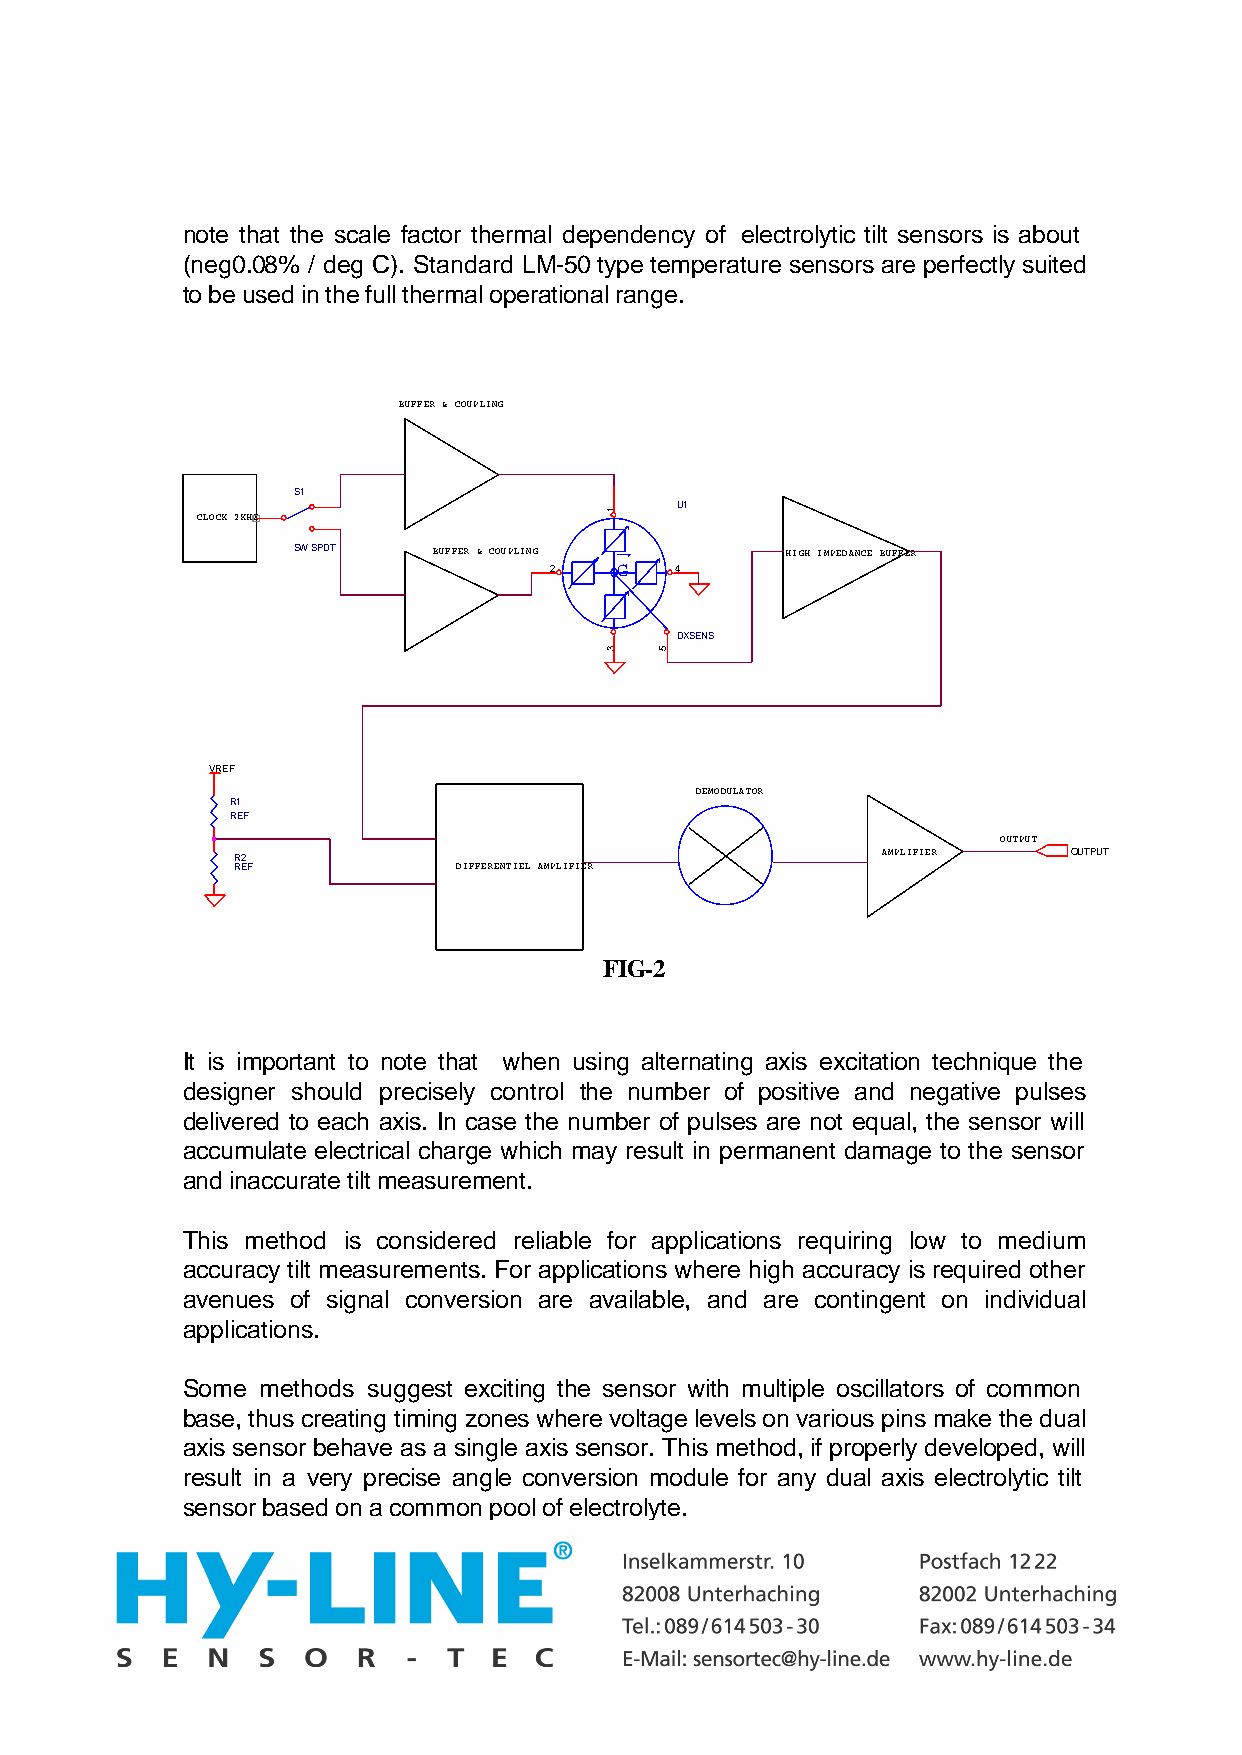
note that the scale factor thermal dependency of electrolytic tilt sensors is about
 (neg0.08% / deg C). Standard LM-50 type temperature sensors are perfectly suited
 to be used in the full thermal operational range.
 BUFFER & COUPLING
 S1
 U1
 CLOCK 2KHZ
 SW SPDT   BUFFER & COUPLING      HIGH IMPEDANCE BUFFER
 2    G   4
 DXSENS
 VREF
 DEMODULATOR
 R1
 REF
 OUTPUT
 R2                                        AMPLIFIER    OUTPUT
 REF           DIFFERENTIEL AMPLIFIER
 FIG-2
 It is important to note that when using alternating axis excitation technique the
 designer should precisely control the number of positive and negative pulses
 delivered to each axis. In case the number of pulses are not equal, the sensor will
 accumulate electrical charge which may result in permanent damage to the sensor
 and inaccurate tilt measurement.
 This method is considered reliable for applications requiring low to medium
 accuracy tilt measurements. For applications where high accuracy is required other
 avenues of signal conversion are available, and are contingent on individual
 applications.
 Some methods suggest exciting the sensor with multiple oscillators of common
 base, thus creating timing zones where voltage levels on various pins make the dual
 axis sensor behave as a single axis sensor. This method, if properly developed, will
 result in a very precise angle conversion module for any dual axis electrolytic tilt
 sensor based on a common pool of electrolyte.
 1
 3   5